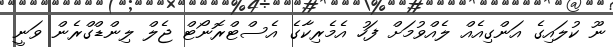
ނޫ ކުލައިގެ އަންގިއެއް ލެއްވުމަށް ފަހު އެމެރިކާގެ އެސްޓްރޮނޯޓް ޖެލް ލިންޑްގްރެން ވަނީ